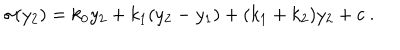
\sigma ( y _ { 2 } ) = k _ { 0 } y _ { 2 } + k _ { 1 } ( y _ { 2 } - y _ { 1 } ) + ( k _ { 1 } + k _ { 2 } ) y _ { 2 } + c ~ . ~ \,